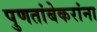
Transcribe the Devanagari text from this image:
पुणतांबेकरांना